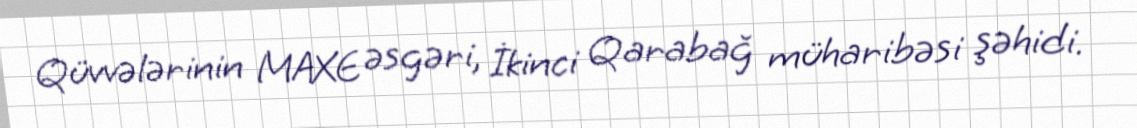
Qüvvələrinin MAXE əsgəri, İkinci Qarabağ müharibəsi şəhidi.